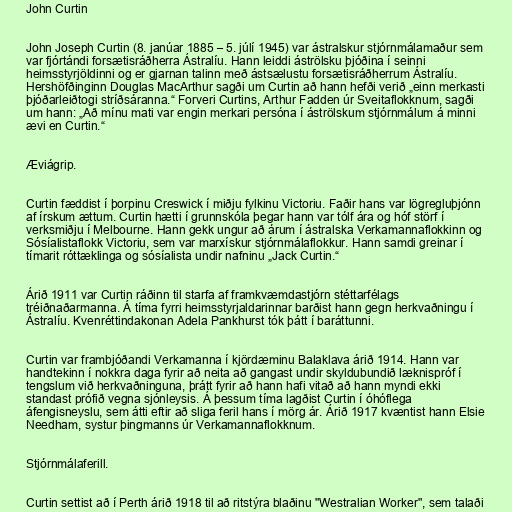
John Curtin

John Joseph Curtin (8. janúar 1885 – 5. júlí 1945) var ástralskur stjórnmálamaður sem
var fjórtándi forsætisráðherra Ástralíu. Hann leiddi áströlsku þjóðina í seinni
heimsstyrjöldinni og er gjarnan talinn með ástsælustu forsætisráðherrum Ástralíu.
Hershöfðinginn Douglas MacArthur sagði um Curtin að hann hefði verið „einn merkasti
þjóðarleiðtogi stríðsáranna.“ Forveri Curtins, Arthur Fadden úr Sveitaflokknum, sagði
um hann: „Að mínu mati var engin merkari persóna í áströlskum stjórnmálum á minni
ævi en Curtin.“

Æviágrip.

Curtin fæddist í þorpinu Creswick í miðju fylkinu Victoriu. Faðir hans var lögregluþjónn
af írskum ættum. Curtin hætti í grunnskóla þegar hann var tólf ára og hóf störf í
verksmiðju í Melbourne. Hann gekk ungur að árum í ástralska Verkamannaflokkinn og
Sósíalistaflokk Victoriu, sem var marxískur stjórnmálaflokkur. Hann samdi greinar í
tímarit róttæklinga og sósíalista undir nafninu „Jack Curtin.“

Árið 1911 var Curtin ráðinn til starfa af framkvæmdastjórn stéttarfélags
tréiðnaðarmanna. Á tíma fyrri heimsstyrjaldarinnar barðist hann gegn herkvaðningu í
Ástralíu. Kvenréttindakonan Adela Pankhurst tók þátt í baráttunni.

Curtin var frambjóðandi Verkamanna í kjördæminu Balaklava árið 1914. Hann var
handtekinn í nokkra daga fyrir að neita að gangast undir skyldubundið læknispróf í
tengslum við herkvaðninguna, þrátt fyrir að hann hafi vitað að hann myndi ekki
standast prófið vegna sjónleysis. Á þessum tíma lagðist Curtin í óhóflega
áfengisneyslu, sem átti eftir að sliga feril hans í mörg ár. Árið 1917 kvæntist hann Elsie
Needham, systur þingmanns úr Verkamannaflokknum.

Stjórnmálaferill.

Curtin settist að í Perth árið 1918 til að ritstýra blaðinu "Westralian Worker", sem talaði